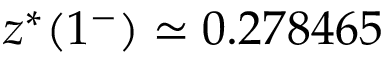
z ^ { * } ( 1 ^ { - } ) \simeq 0 . 2 7 8 4 6 5